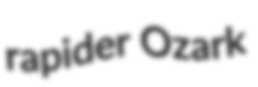
rapider Ozark